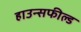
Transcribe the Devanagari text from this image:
हाउन्सफील्ड